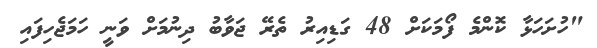
"ހުށަހަޅާ ކޮންމެ ފޯމަކަށް 48 ގަޑިއިރު ތެރޭ ޖަވާބު ދިނުމަށް ވަނީ ހަމަޖެހިފައި